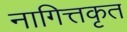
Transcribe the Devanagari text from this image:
नागित्तकृत